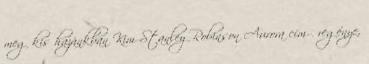
meg kis hazánkban Kim Stanley Robinson Aurora című regénye,